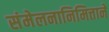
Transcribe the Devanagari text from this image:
संमेलनानिमित्ताने